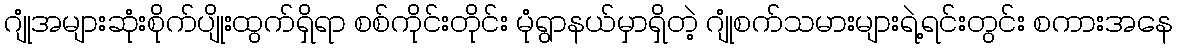
ဂျုံအများဆုံးစိုက်ပျိုးထွက်ရှိရာ စစ်ကိုင်းတိုင်း မုံရွာနယ်မှာရှိတဲ့ ဂျုံစက်သမားများရဲ့ရင်းတွင်း စကားအနေ